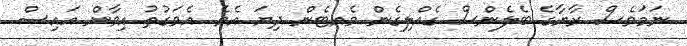
ނަމަވެސް ރާޔާގެ ބެލެންސް ގެއްލިގެން ވެއޓެން ދިޔަ އެވެ. އެވަގުތު އިވާން އައިސް